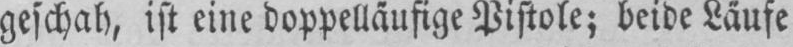
geschah, ist eine doppelläufige Pistole; beide Läufe